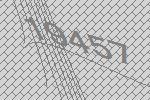
19457